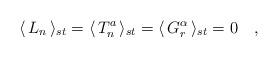
LaTeX: \begin{align*}\langle\,L_n\,\rangle_{st}=\langle\,T_n^a\,\rangle_{st} =\langle\,G_r^\alpha\,\rangle_{st}=0 \quad,\end{align*}